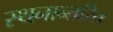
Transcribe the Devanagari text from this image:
स्थनान्तरित